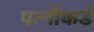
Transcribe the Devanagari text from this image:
पत्‍नीकडे